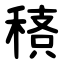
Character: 䅩